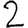
Digit: 2